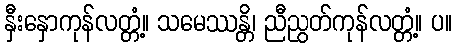
နှီးနှောကုန်လတ္တံ့။ သမေဿန္တိ၊ ညီညွတ်ကုန်လတ္တံ့။ ပ။